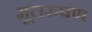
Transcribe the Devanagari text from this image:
मूलरुपंण